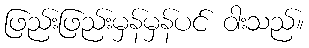
ဖြည်းဖြည်းမှန်မှန်ပင် ဝါးသည်။